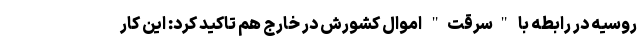
روسیه در رابطه با "سرقت" اموال کشورش در خارج هم تاکید کرد: این کار